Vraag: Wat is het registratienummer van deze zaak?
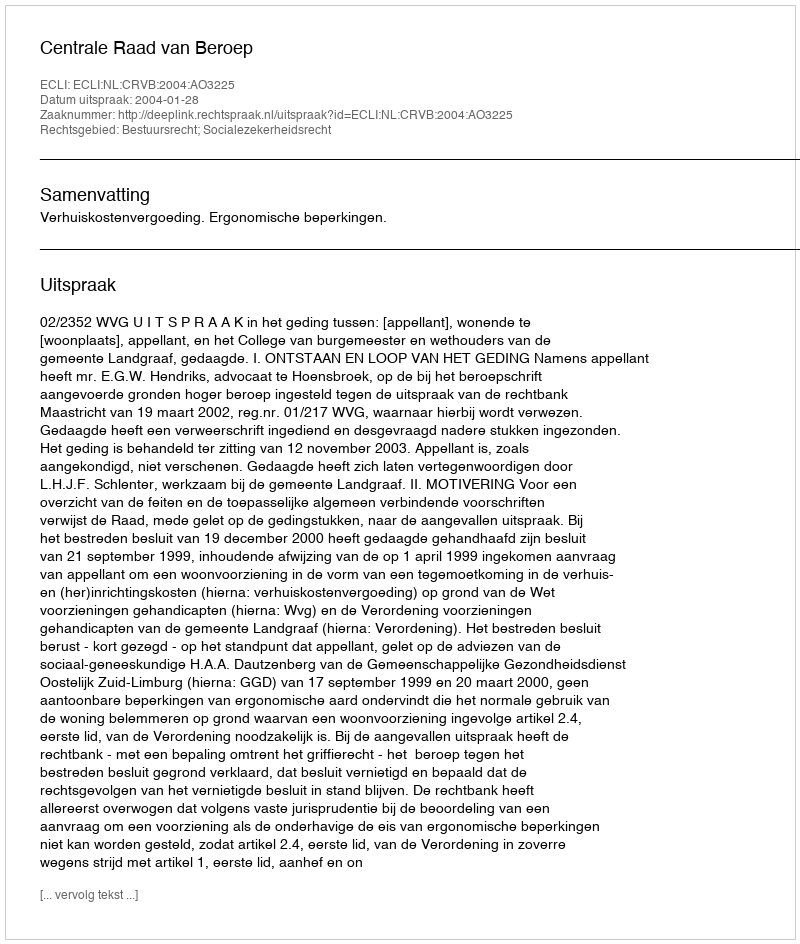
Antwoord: http://deeplink.rechtspraak.nl/uitspraak?id=ECLI:NL:CRVB:2004:AO3225